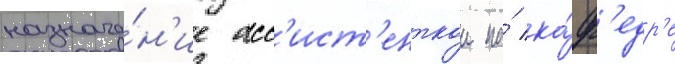
назначе́н'ие асс'ист'енткои на́ ка́ф'едр'е